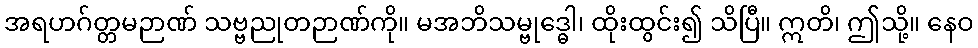
အရဟဂ်တ္တမဉာဏ် သဗ္ဗညုတဉာဏ်ကို။ မအဘိသမ္ဗုဒ္ဓေါ၊ ထိုးထွင်း၍ သိပြီ။ ဣတိ၊ ဤသို့။ နေဝ